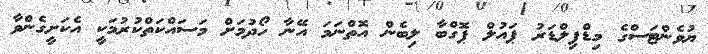
ޔުވެންޓަސްގެ މިޑްފިލްޑަރު ޕައުލް ޕޮގްބާ ލިބެން އޮތްނަމަ އޭނާ ހޯދުމަށް މަސައްކަތްކުރުމަކީ އެކަށީގެންވާ